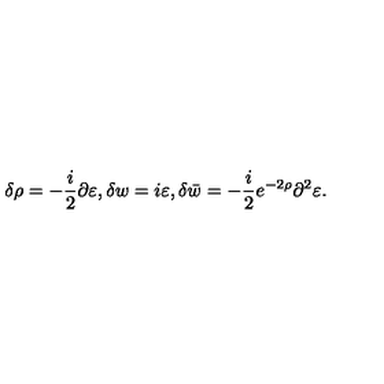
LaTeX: \delta \rho = - { \frac { i } { 2 } } \partial \varepsilon , \delta w = i \varepsilon , \delta \bar { w } = - { \frac { i } { 2 } } e ^ { - 2 \rho } \partial ^ { 2 } \varepsilon .